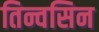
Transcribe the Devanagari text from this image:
तिन्वसिन